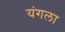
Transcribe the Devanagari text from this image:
यंगला